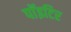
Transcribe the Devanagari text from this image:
पाॅइटिर